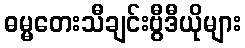
ဓမ္မတေးသီချင်းဗွီဒီယိုများ